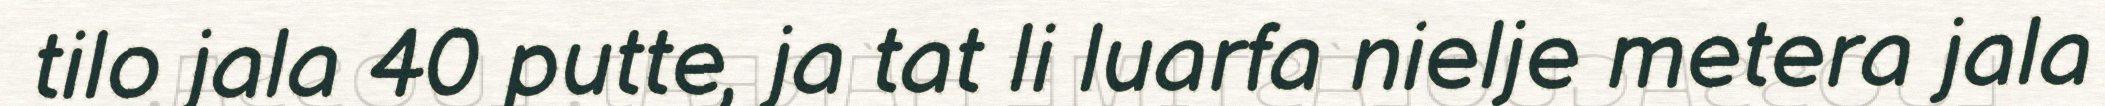
tilo jala 40 putte, ja tat li luarfa nielje metera jala